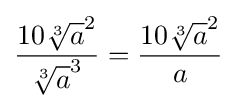
{\frac {10{\sqrt[{3}]{a}}^{2}}{{\sqrt[{3}]{a}}^{3}}}={\frac {10{\sqrt[{3}]{a}}^{2}}{a}}